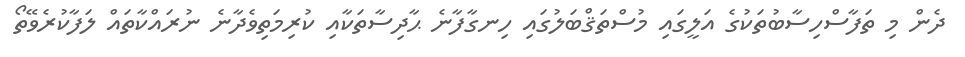
ދެން މި ތަފާސްހިސާބުތަކުގެ އަލީގައި މުސްތަޤްބަލުގައި ހިނގާފާނެ ޙާދިސާތަކާއި ކުރިމަތިވެދާނެ ނުރައްކާތައް ލަފާކުރެވޭތޯ